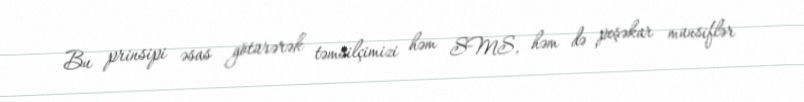
Bu prinsipi əsas götürərək təmsilçimizi həm SMS, həm də peşəkar münsiflər